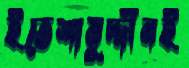
ইতেশামুদ্দীনই